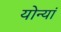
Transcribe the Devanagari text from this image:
योन्यां